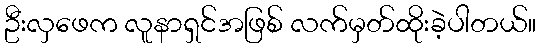
ဦးလှဖေက လူနာရှင်အဖြစ် လက်မှတ်ထိုးခဲ့ပါတယ်။